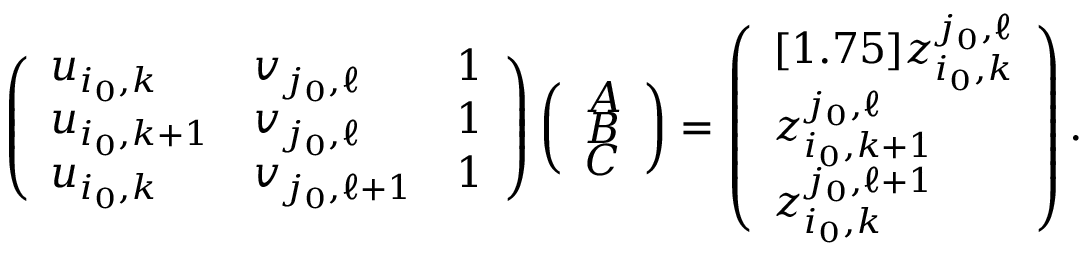
\left( \begin{array} { l l l } { u _ { i _ { 0 } , k } } & { v _ { j _ { 0 } , \ell } } & { 1 } \\ { u _ { i _ { 0 } , k + 1 } } & { v _ { j _ { 0 } , \ell } } & { 1 } \\ { u _ { i _ { 0 } , k } } & { v _ { j _ { 0 } , \ell + 1 } } & { 1 } \end{array} \right) \left( \begin{array} { l } { A } \\ { B } \\ { C } \end{array} \right) = \left( \begin{array} { l } { [ 1 . 7 5 ] z _ { i _ { 0 } , k } ^ { j _ { 0 } , \ell } } \\ { z _ { i _ { 0 } , k + 1 } ^ { j _ { 0 } , \ell } } \\ { z _ { i _ { 0 } , k } ^ { j _ { 0 } , \ell + 1 } } \end{array} \right) .